Report on plague and inoculation in the Punjab from October 1st ... to September 30th..., being the ... season of plague in the province
Disease focus: Plague
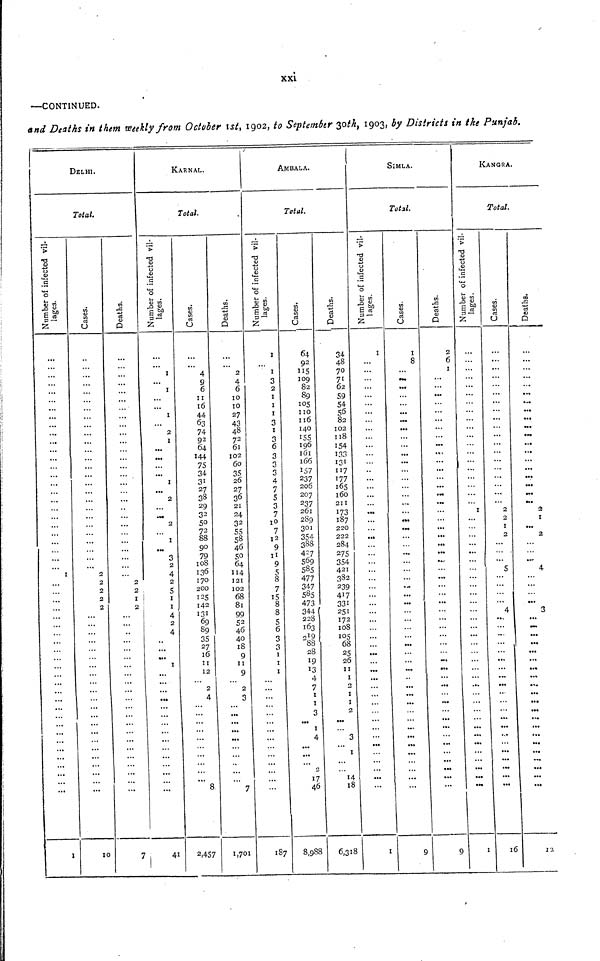
xxi
—CONTINUED.
and Deaths in them Weekly from October 1st, 1902, to September 30th, 1903, by Districts in the Punjab.
DELHI.
Total.
Number of infected vil-
lages.
...
...
...
...
...
...
...
...
1
•..
...
...
...
...
...
...
...
...
...
...
...
I
Cases.
...
...
...
...
2
2
2
2
2
...
...
10
Deaths.
...
...
2
2
I
2
...
...
...
7
]
Number of infected vil-
lages.
1
1
I
...
2
I
...
...
...
1
...
2
...
2
I
...
3
2
4
2
5
1
1
4
2
4
1
...
...
...
• •5
...
...
...
...
...
...
...
41
CARNAL.
Total.
Cases.
...
4
9
0
II
10
44
63
74
92
64
144
75
34
31
27
38
29
32
50
72
88
90
79
108
136
170
200
125
142
131
69
89
35
27
16
11
12
2
4
...
...
8
8,
2,457
Deaths.
2
4
6
10
10
27
43
48
72
61
102
60
35
26
27
36
21
24
32
55
58
46
50
64
114
121
102
68
81
99
52
46
40
18
9
11
9
2
3
...
...
...
...
...
...
7
1,701
AMBALA.
Total.
Number of infected vil-
lages.
I
...
1
3
2
1
1
1
3
1
3
6
3
3
3
4
7
5
3
7
10
7
12
9
11
9
5
8
7
15
8
8
S
6
3
3
1
1
1
...
...
...
...
...
187
Cases.
64
92
115
109
82
89
105
110
116
140
155
196
c
l01
166
157
237
206
207
237
261
289
301
354
308
427
569
585
477
347
585
473
344
228
163
219
"88
28
19
13
4
7
1
1
3
1
4
...
...
2
17
46
8,988
Deaths.
34
48
70
7 1
62
59
54
5°8
2
102
II8
154
133
131
117
177
165
160
211
173
I87
220
222
284
275
354
421
382
239
417
331
251
172
108
105
68
25
26
11
1
2
1
1
2
...
3
1
...
- 0
10
6,318
SIMLA.
Total.
Number of infected vil-
lages.
1
...
...
...
...
...
...
...
1
Cases.
I
8
...
...
...
...
...
...
...
...
...
...
...
...
...
...
...
...
...
...
...
...
...
...
...
9
Deaths.
2
6
1
•..
...
...
...
...
...
...
...
•..
...
...
...
...
9
KANGRA «
Total.
Number of infected vil-
lages.
...
...
1
...
...
...
...
•.•
••.
1
Cases.
...
...
...
...
2
2
I
2
S
4
...
...
...
...
...
16
Deaths.
• ••
•.•
2
I
...
2
4
3
...
...
...
...
...
...
...
...
...
...
...
...
12